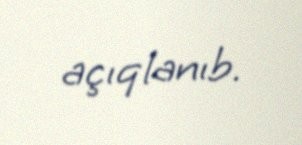
açıqlanıb.